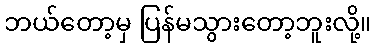
ဘယ်တော့မှ ပြန်မသွားတော့ဘူးလို့။